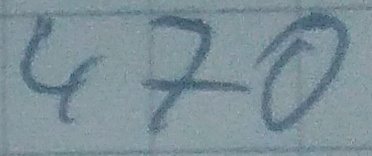
Text: 470